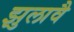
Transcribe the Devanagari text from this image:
झुलावै